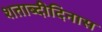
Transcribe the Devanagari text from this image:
शताब्दीदिनास